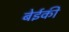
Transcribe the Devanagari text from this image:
बेईकी